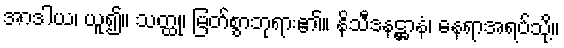
အာဒါယ၊ ယူ၍။ သတ္ထု၊ မြတ်စွာဘုရား၏။ နိသီဒနဋ္ဌာနံ၊ နေရာအရပ်သို့။